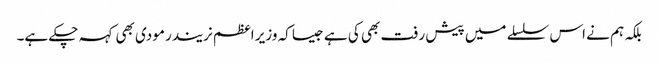
بلکہ ہم نے اس سلسلے میں پیش رفت بھی کی ہے جیسا کہ وزیر اعظم نریندر مودی بھی کہہ چکے ہے۔